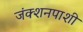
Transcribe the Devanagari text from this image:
जंक्शनपाशी